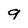
Character: g